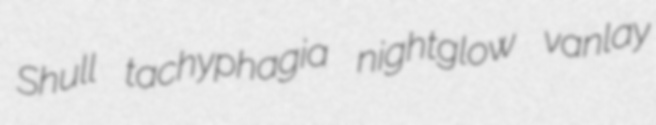
Shull tachyphagia nightglow vanlay